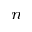
^ n